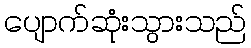
ပျောက်ဆုံးသွားသည်